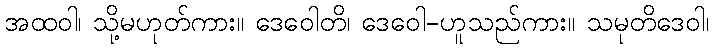
အထဝါ၊ သို့မဟုတ်ကား။ ဒေဝေါတိ၊ ဒေဝေါ-ဟူသည်ကား။ သမုတိဒေဝါ၊